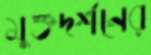
মুক্তদর্শনের